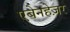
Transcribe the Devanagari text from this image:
एबेनहेज़र